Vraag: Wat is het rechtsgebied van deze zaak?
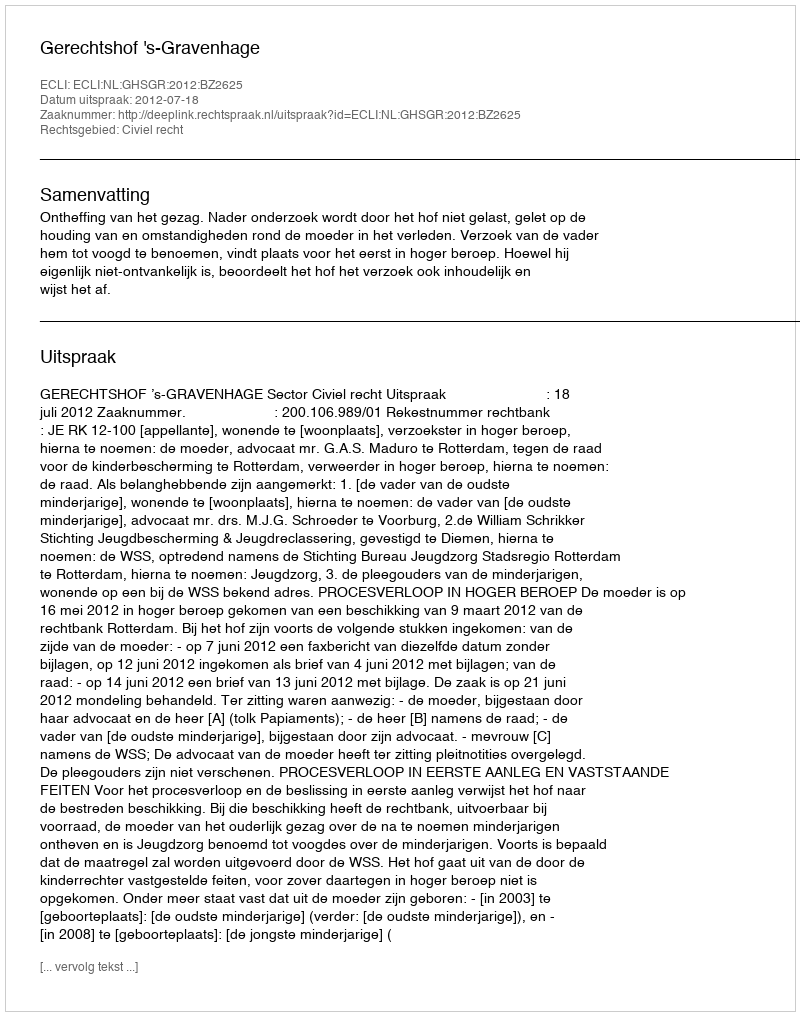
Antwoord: Civiel recht